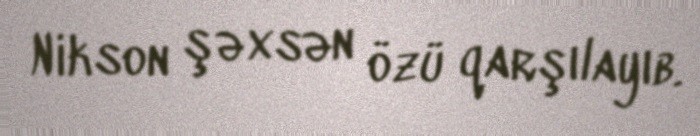
Nikson şəxsən özü qarşılayıb.